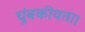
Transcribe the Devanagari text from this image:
चुंबकीयता।